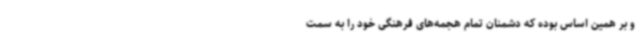
و بر همین اساس بوده که دشمنان تمام هجمه‌های فرهنگی خود را به سمت